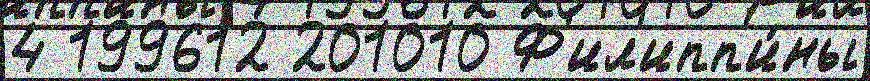
4 199612 201010 Ф'ил'ипп'и́ны